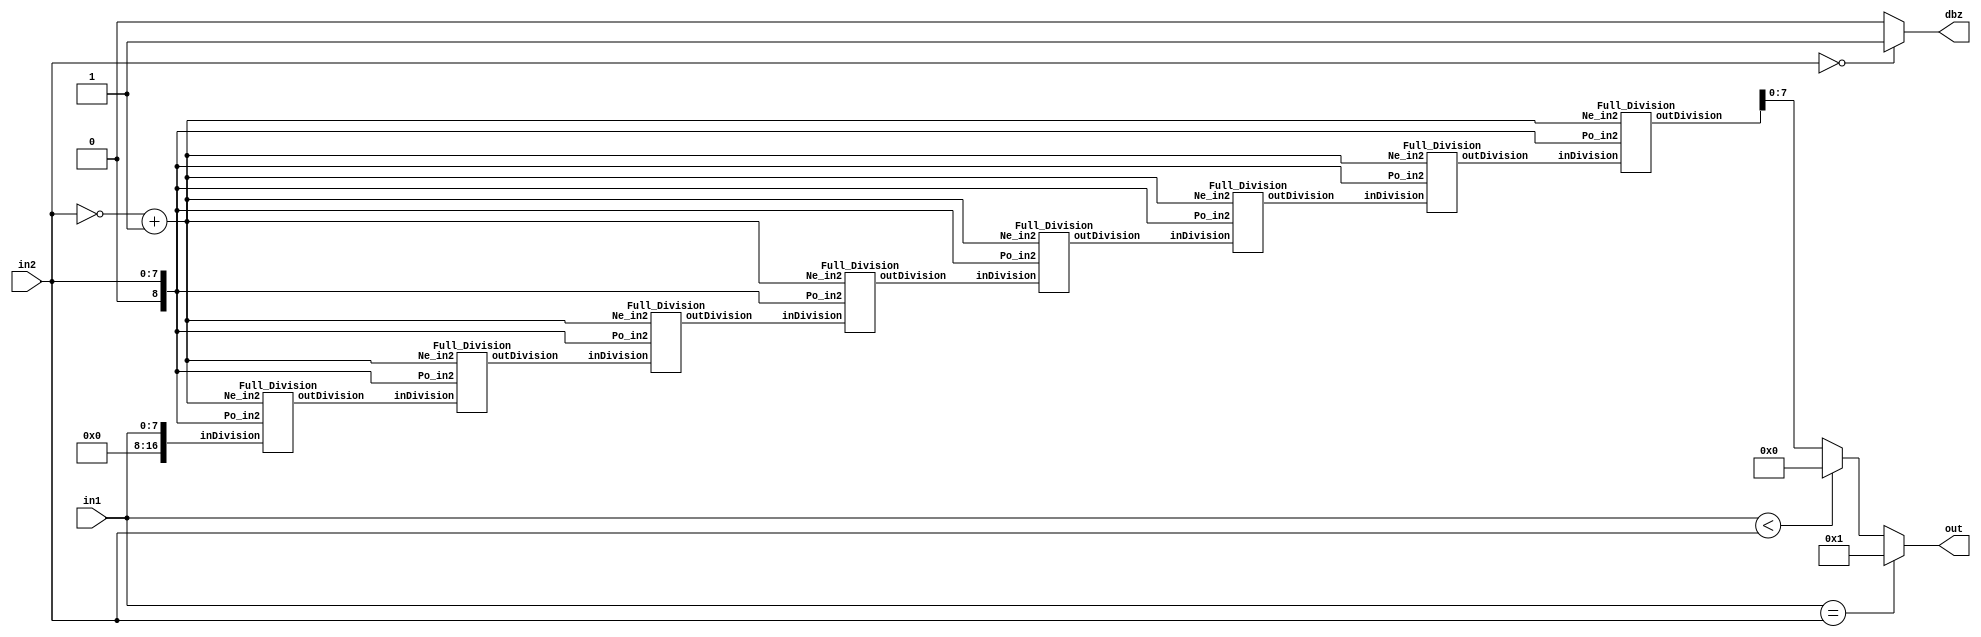
`timescale 1ns / 10ps
module div(out, in1, in2, dbz);
parameter width = 8;
input  	[width-1:0] in1; // Dividend
input  	[width-1:0] in2; // Divisor
output  [width-1:0] out; // Quotient
output dbz;

    wire     carry;
    wire     [width-1:0] AC;
    wire     [width:0] Ne_in2;
    wire     [width:0] Po_in2;
    reg     [width-1:0] temp_out;
    
    wire    [16:0] division0,division1,division2,division3,division4,division5,division6,last_division;

    assign dbz = (in2 == 8'b0)?1'b1:1'b0;

    assign AC = 8'b0;
    assign carry = 1'b0;
    assign Po_in2 = {1'b0,in2};
    assign Ne_in2 = ~({1'b0,in2}) + 1;

    assign out[7:0] = (in1==in2)?8'b1:(in1<in2)?8'b0:last_division[8:0]; 

    Full_Division d1 (.inDivision({carry,AC,in1}), .Po_in2(Po_in2), .Ne_in2(Ne_in2),.outDivision(division0));
    Full_Division d2 (.inDivision(division0),      .Po_in2(Po_in2), .Ne_in2(Ne_in2),.outDivision(division1));
    Full_Division d3 (.inDivision(division1),      .Po_in2(Po_in2), .Ne_in2(Ne_in2),.outDivision(division2));
    Full_Division d4 (.inDivision(division2),      .Po_in2(Po_in2), .Ne_in2(Ne_in2),.outDivision(division3));
    Full_Division d5 (.inDivision(division3),      .Po_in2(Po_in2), .Ne_in2(Ne_in2),.outDivision(division4));
    Full_Division d6 (.inDivision(division4),      .Po_in2(Po_in2), .Ne_in2(Ne_in2),.outDivision(division5));
    Full_Division d7 (.inDivision(division5),      .Po_in2(Po_in2), .Ne_in2(Ne_in2),.outDivision(division6));
    Full_Division d8 (.inDivision(division6),      .Po_in2(Po_in2), .Ne_in2(Ne_in2),.outDivision(last_division));

    

endmodule

module Full_Division(
    input [16:0] inDivision,
    input [8:0]    Po_in2,
    input   [8:0]   Ne_in2,
    output [16:0]    outDivision
);

    reg [16:0] Input_shift;

    always @(*) begin
        Input_shift = inDivision << 1;
        Input_shift[16:8] = Input_shift[16:8] + Ne_in2;
        if (Input_shift[16] == 1) begin
            Input_shift[16:8] = Input_shift[16:8] + Po_in2;
            Input_shift[0] = 1'b0;
        end
        else Input_shift[0] = 1'b1;
    
        Input_shift[16] = 1'b0;
    end
    assign outDivision[16:0] = Input_shift[16:0];

endmodule